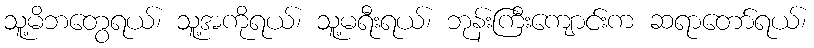
သူ့မိဘတွေရယ်၊ သူ့အကိုရယ်၊ သူ့မရီးရယ်၊ ဘုန်းကြီးကျောင်းက ဆရာတော်ရယ်၊